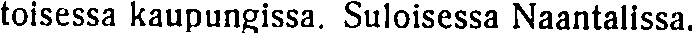
toisessa kaupungissa. Suloisessa Naantalissa.